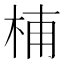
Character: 𣑛